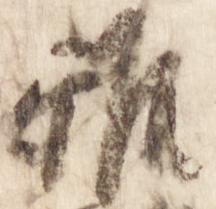
雅